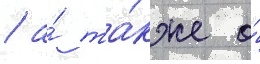
/ а́ та́кже о́